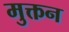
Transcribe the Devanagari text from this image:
मुक्तन